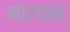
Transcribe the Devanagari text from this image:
मालवन्